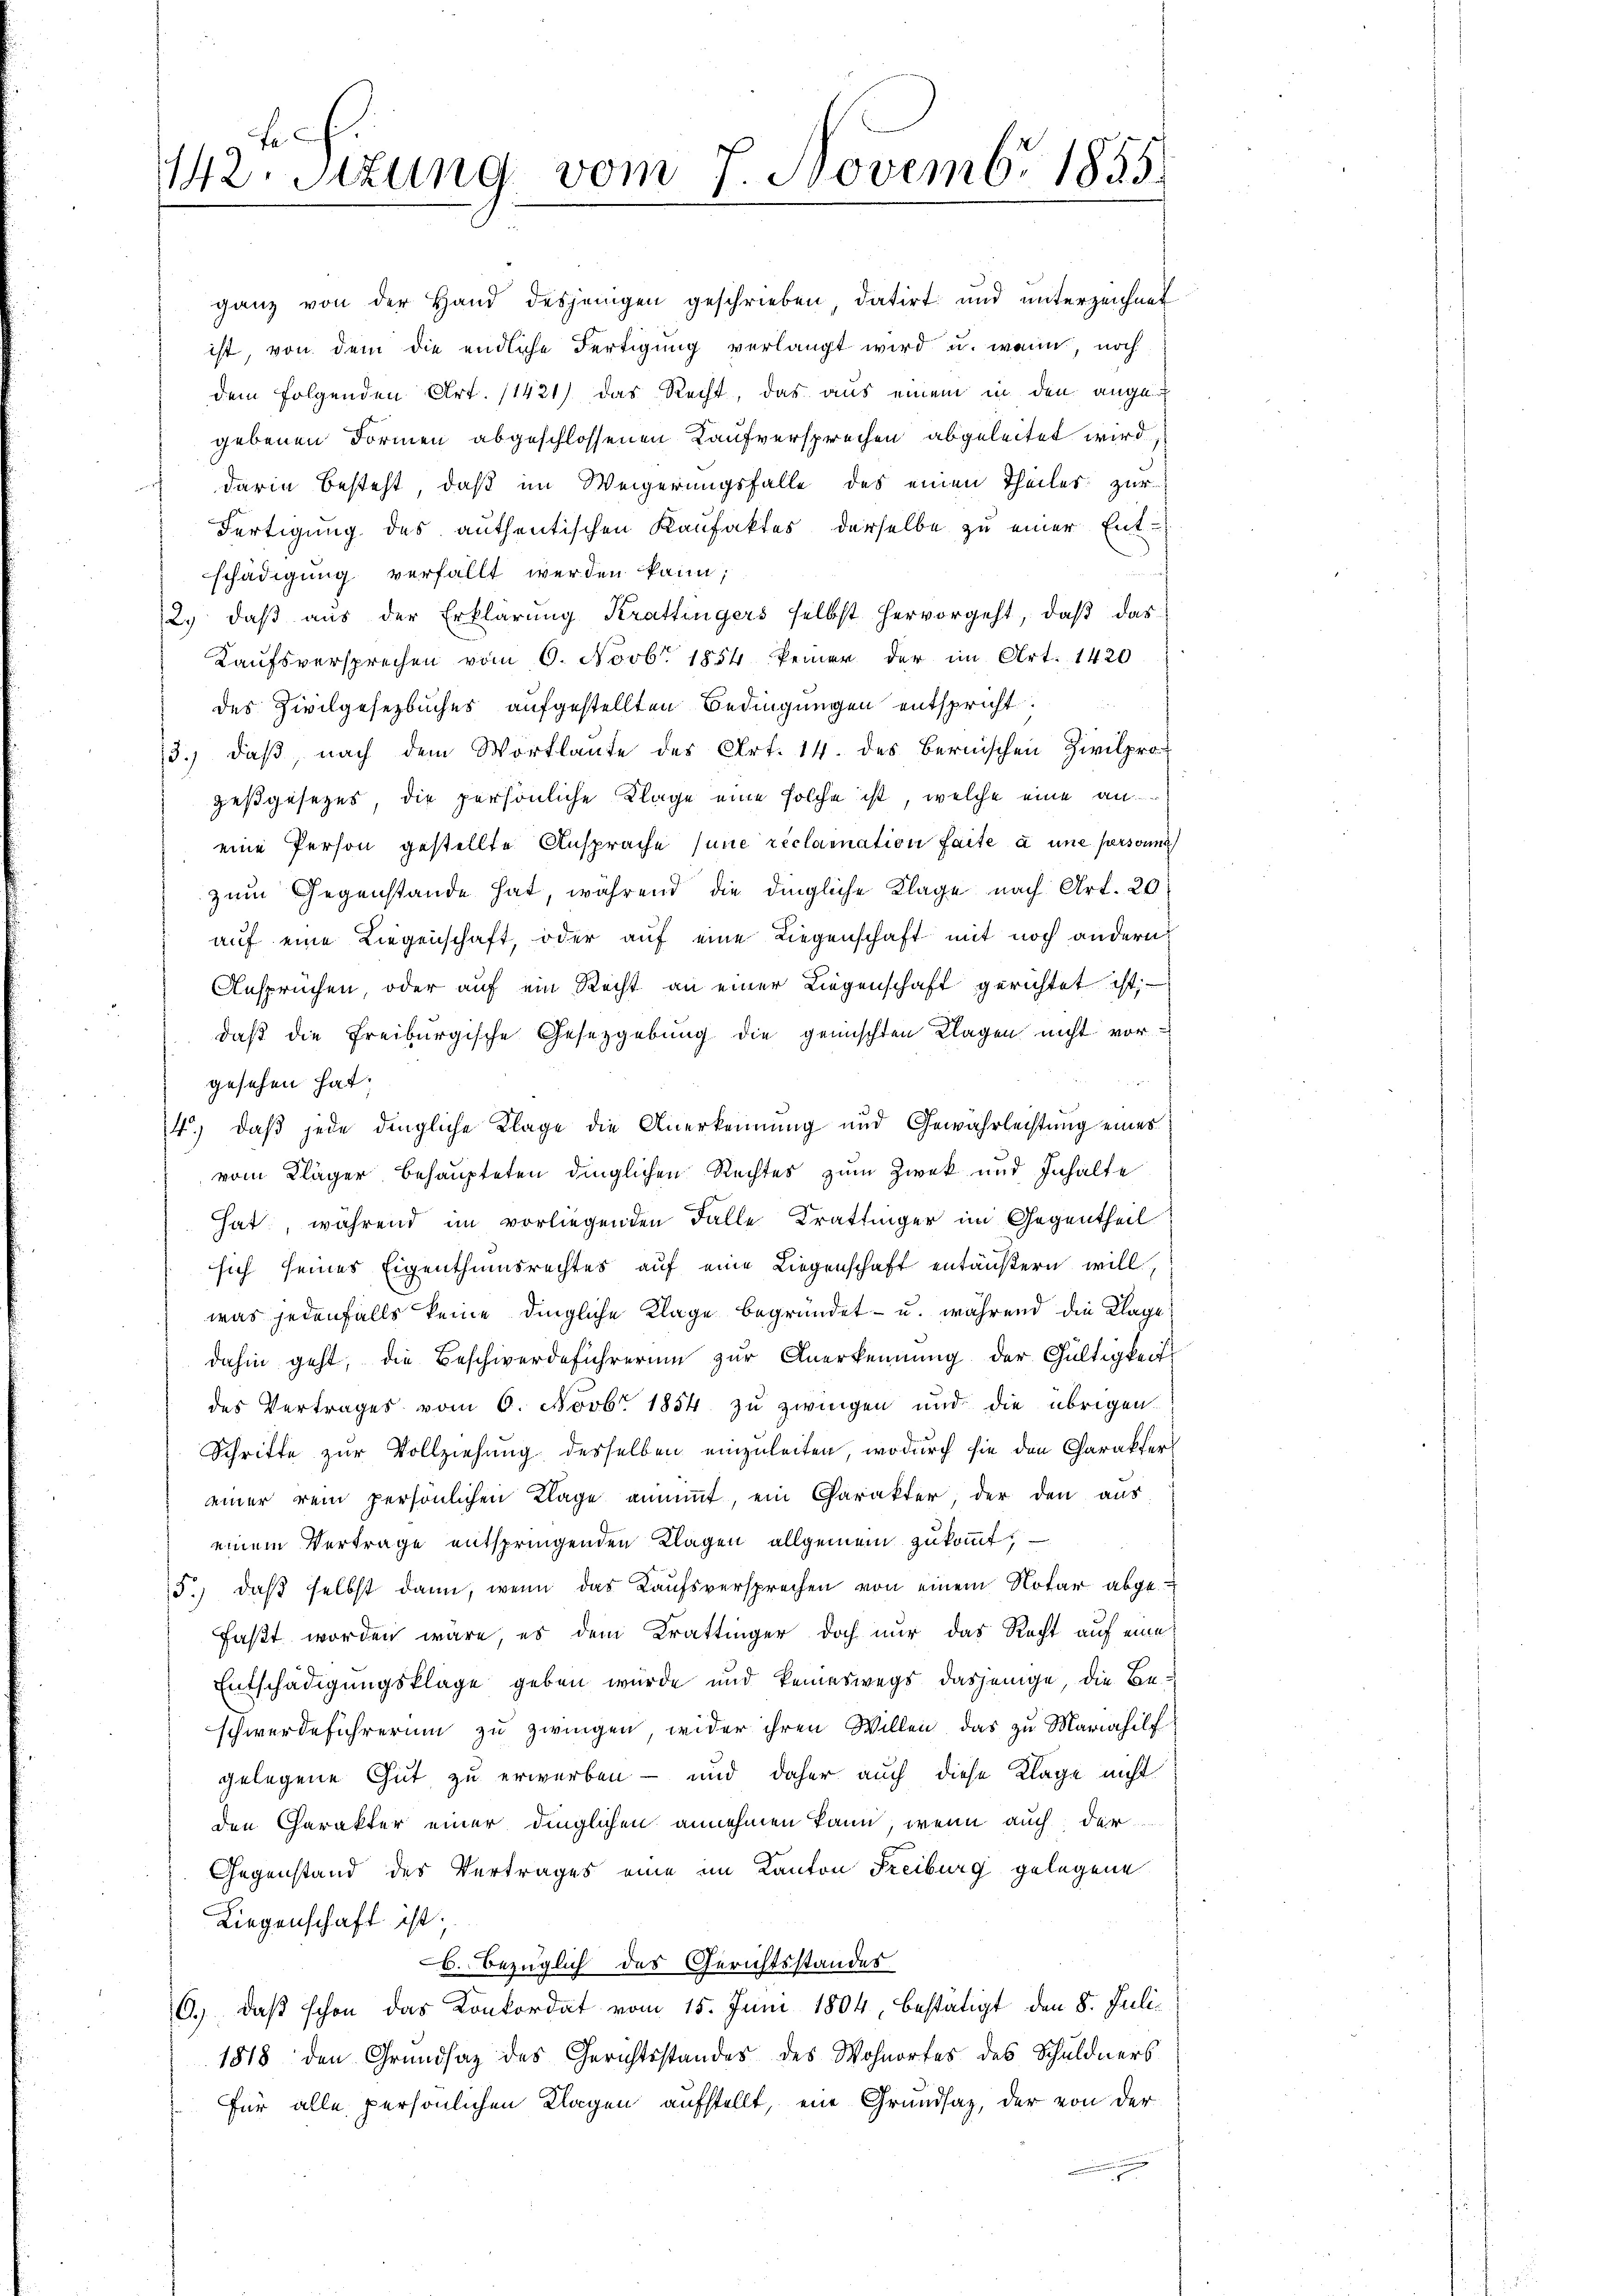
F
142. Stzung vom 7. Novembr 1845.

ganz von der Hand desjenigen geschrieben datirt und unterzeichnet
ist, von dem die endliche Fertigung verlangt wird u. wann, noch
dem folgenden Art. 11421) das Recht, das aus einem in den ange
gebenen Formen abgeschlossenen Kaufversprechen abgeleitet wird,
darin besteht, daß im Weigerungsfalle des einen Theiles zur
Fertigung des authentischen Kaufaktes derselbe zu einer Ent-
schädigung verfällt werden kann;
2. daβ aŭs der Erklärŭng Krattingers selbst hervorgeht, daβ das
Kaufsversprechen vom 6. Novbr. 1854 keiner der im Art. 1420
des Zivilgesetzbuches aufgestellten Bedingungen entspricht.
13. daβ nach dem Wortlaute des Art. 14. des Bernischen Zivilpro-
gesgesezes die persönliche Klage eine solche ist, welche eine an
eine Person gestellte Ansprache (une réclaration faite à une personne
zum Gegenstände hat, während die dingliche Klage nach Art. 20
auf eine Liegenschaft, oder auf eine Liegenschaft mit noch andern:
Ansprüchen oder auf ein Recht an einer Liegenschaft gerichtet ist;
daß die Freiburgische Gesetzgebung die gemischten Klagen nicht vor¬

gesehen hat.
4.) Daß jede dingliche Klage die Anerkennung und Gewährlechtung eines
vom Kläger behaupteten dinglichen Rechtes zum Zwek und Inhalte
hat, während im vorliegenden Falle Krattinger im Gegentheil
sich seines Eigenthumsrechtes auf eine Liegenschaft entäußern will,
was jedenfalls keine dingliche Klage begründet - u. während die Klage!
dahin geht, die Beschwerdeführerum zur Anerkennung der Gültigkeit
des Vertrages vom 6. Novbr. 1854 zu zwingen und die übrigen
Schritte zur Vollziehung desselben einzuleiten, wodurch sie den Charakter
einer rein persönlichen Klage annimmt, ein Charakter, der den aus
einem Vertrage entspringenden Klagen allgemein zukommt,
15.) daß selbst dann, wenn das Kaufsversprechen von einem Notar abgefaßt worden wäre, es dem Krattinger doch nur das Recht auf eine
Entschädigungsklage geben würde und keineswegs dasjenige, die Beschwerdeführerum zu zwingen, wider ihren Willen, das zu Mariahilf
gelegene Gut zu erwerben – und daher auch diese Klage nicht
den Charakter einer dinglichen annehmen kann, wenn auch der
Gegenstand des Vertrages eine im Kanton Freiburg gelegene
Liegenschaft ist;
b. bezüglich des Gerichtsstandes
C.) Daß schon das Konkordat vom 15. Juni 1804, bestätigt den 8. Juli¬
1818 den Grundsaz des Gerichtsstandes des Wohnortes des Schuldners
für alle persönlichen Klagen aufstellt, eine Grundsaz, der von der